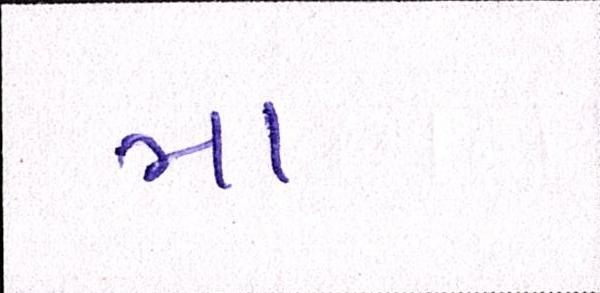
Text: મા